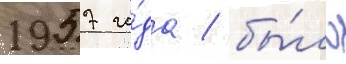
1957 го́да / бы́ло